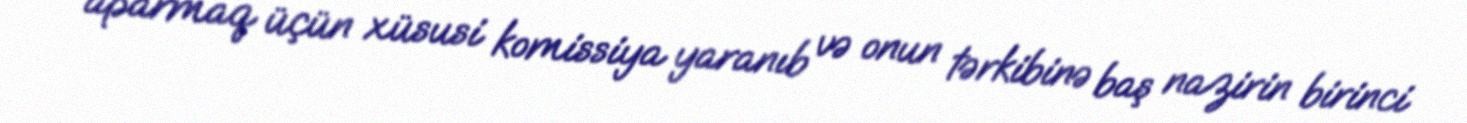
aparmaq üçün xüsusi komissiya yaranıb və onun tərkibinə baş nazirin birinci